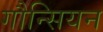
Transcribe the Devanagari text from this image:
गौन्सियन